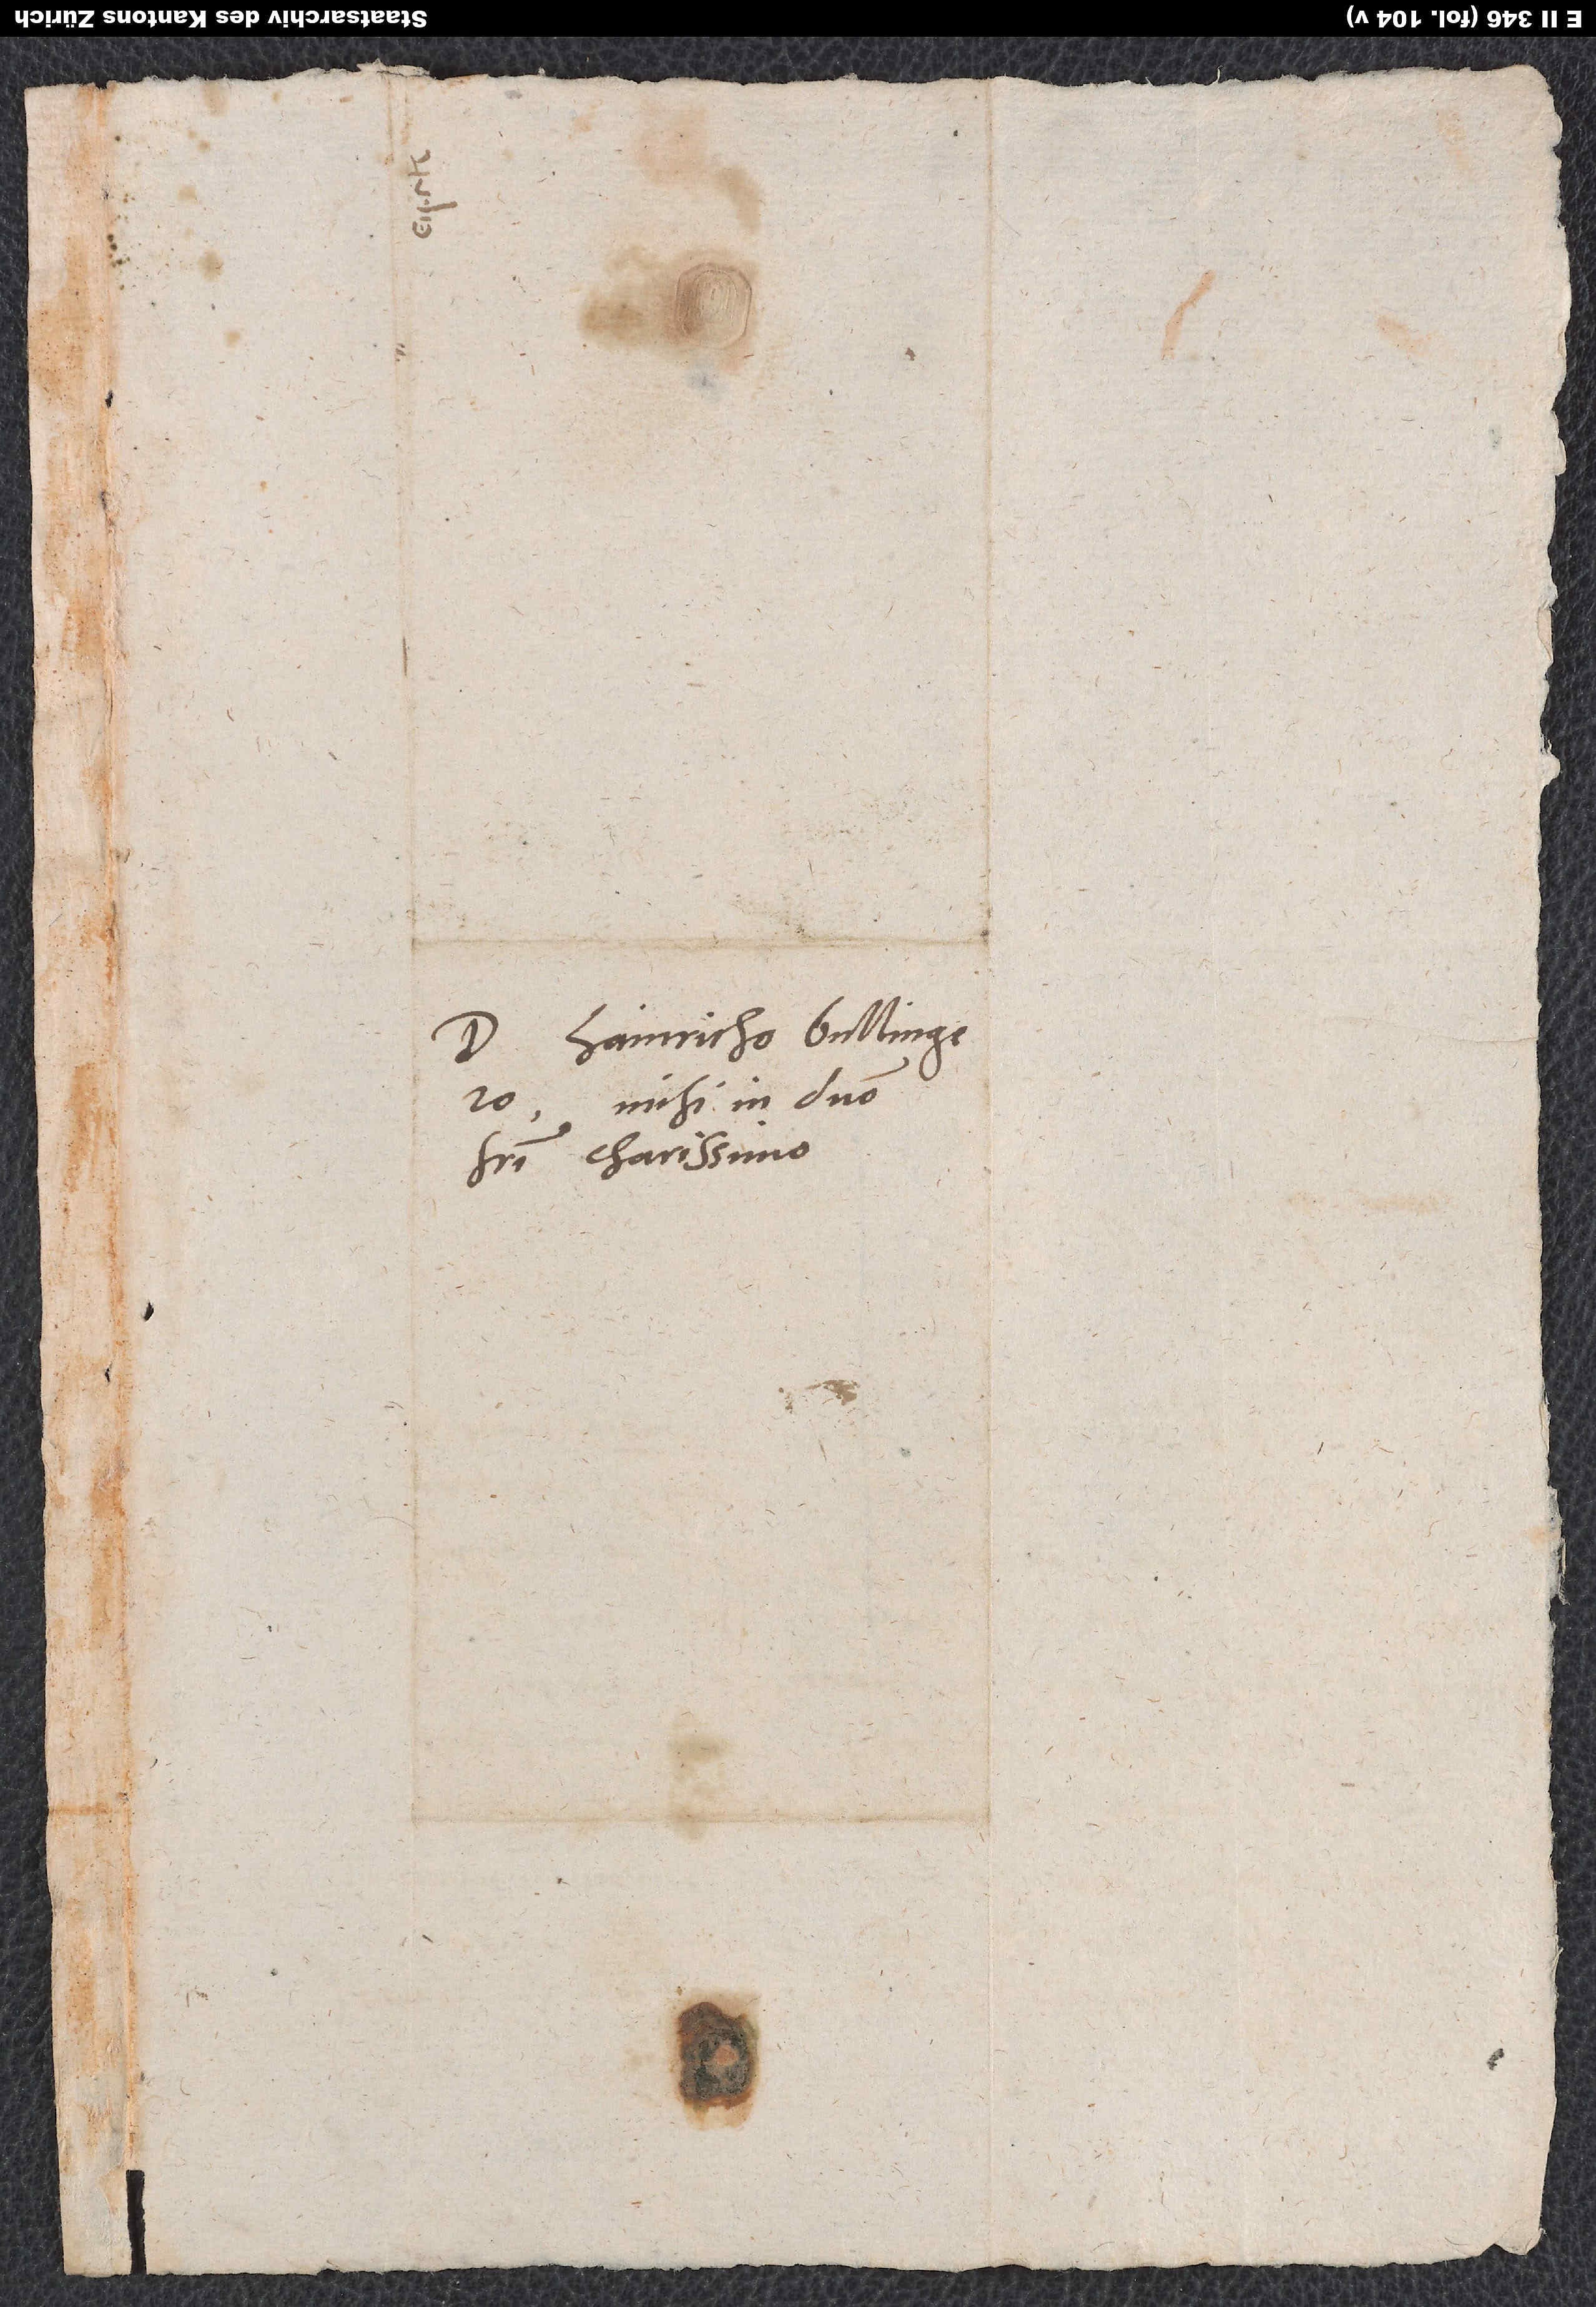
Domino Hainricho Bullingero,
mihi in domino
fratri charissimo.